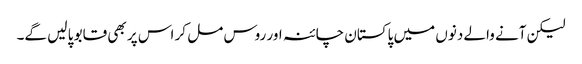
لیکن آنے والے دنوں میں پاکستان چائنہ اور روس مل کر اس پر بھی قابو پا لیں گے۔